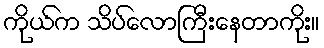
ကိုယ်က သိပ်လောကြီးနေတာကိုး။